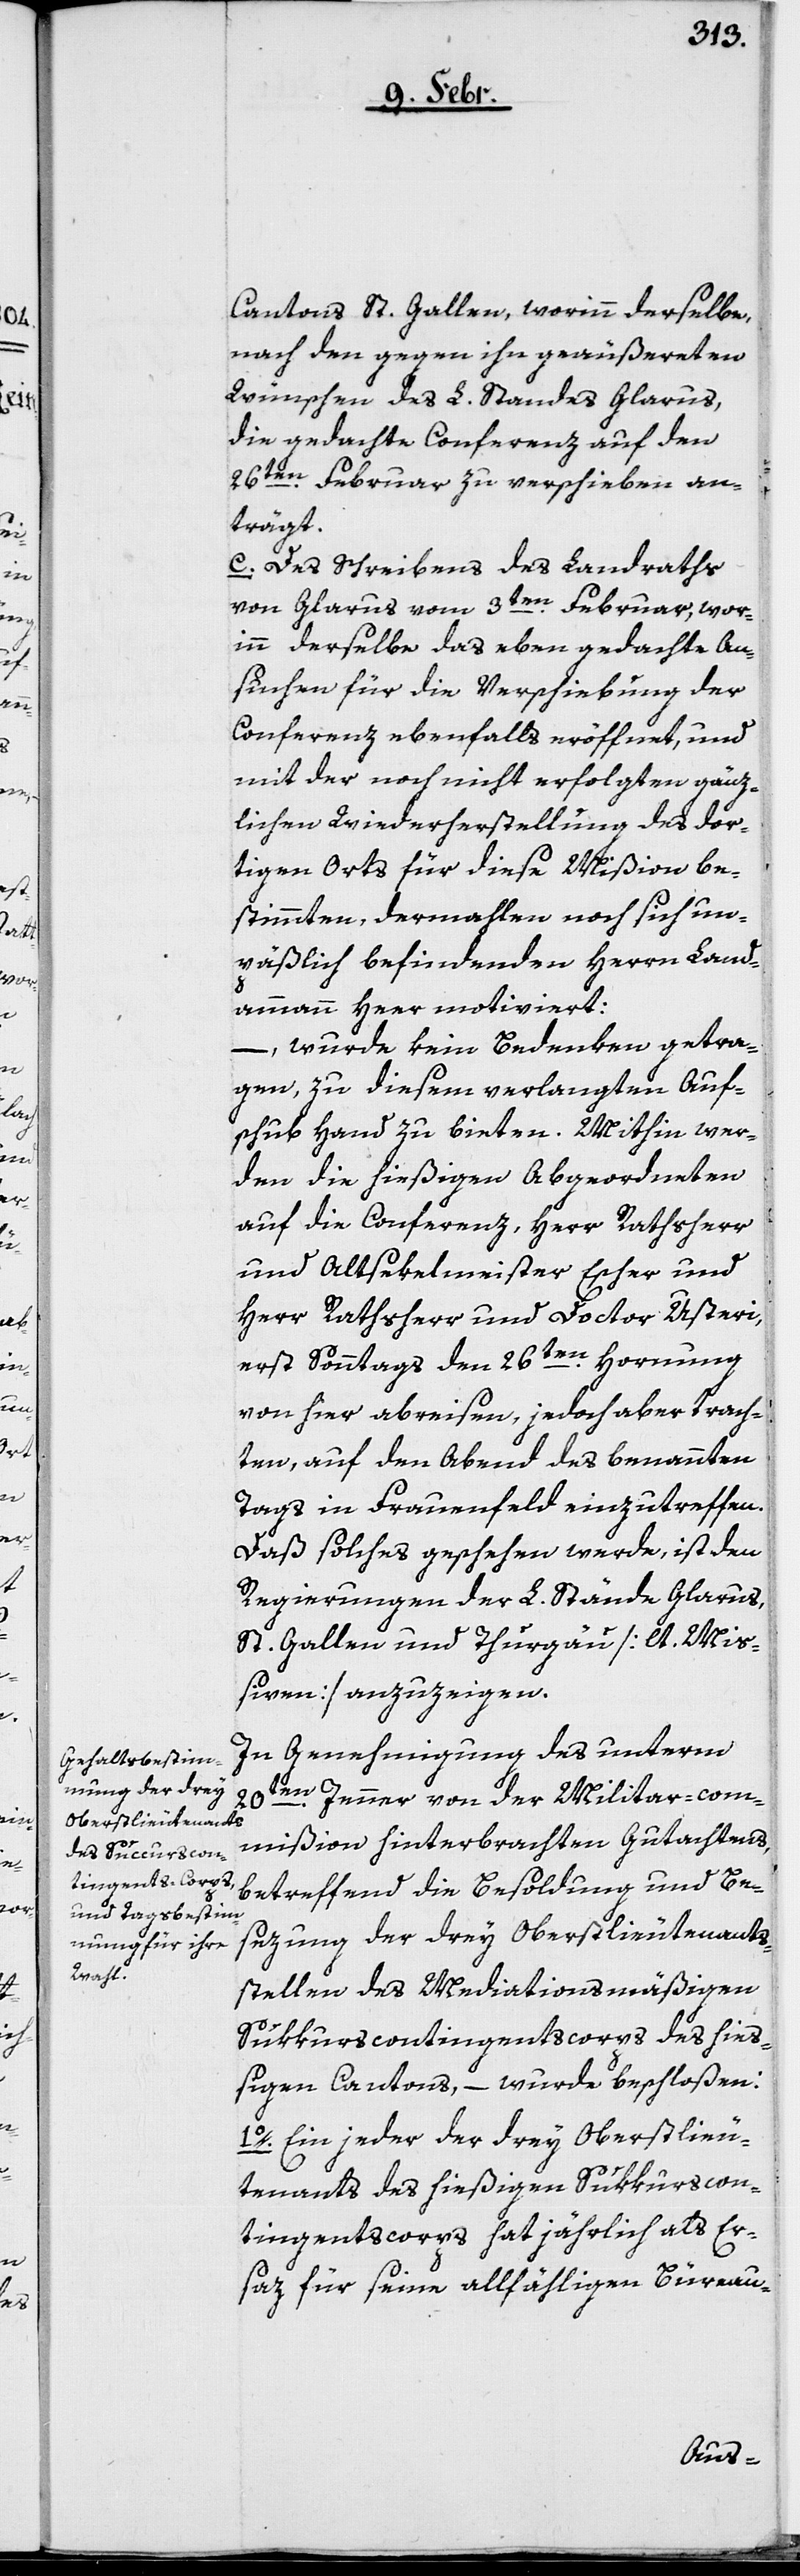
Cantons St. Gallen, worinn derselbe,
nach den gegen ihn geäußereten
Wünschen des L. Standes Glarus,
die gedachte Conferenz auf den
26ten. Februar zu verschieben an¬
trägt.
c. Des Schreibens des Landraths
von Glarus vom 3ten. Februar, wor¬
inn derselbe das eben gedachte An¬
suchen für die Verschiebung der
Conferenz ebenfalls eröffnet, und
mit der noch nicht erfolgten gänz¬
lichen Wiederherstellung des dor¬
tigen Orts für diese Mißion be¬
stimmten, dermahlen noch sich un¬
päßlich befindenden Herrn Land¬
ammann Heer motiviert:
–, wurde kein Bedenken getra¬
gen, zu diesem verlangten Auf¬
schub Hand zu bieten. Mithin wer¬
den die hießigen Abgeordneten
auf die Conferenz, Herr Rathsherr
und Altsekelmeister Escher und
Herr Rathsherr und Doctor Usteri,
erst Sonntags den 26ten. Hornung
von hier abreisen, jedoch aber trach¬
ten, auf den Abend des benannten
Tags in Frauenfeld einzutreffen.
Daß solches geschehen werde, ist den
Regierungen der L. Stände Glarus,
St. Gallen und Thurgäu [lt. Miß¬
iven] anzuzeigen.
In Genehmigung des unterm
20ten. Jenner von der Militar-com¬
mißion hinterbrachten Gutachtens,
betreffend die Besoldung und Be¬
sezung der drey Oberstlieutenants¬
stellen des Mediationsmäßigen
Sukkurscontingentscorps des hieß¬
igen Cantons, – wurde beschloßen:
1o. Ein jeder der drey Oberstlieu¬
tenants des hießigen Sukkurscon¬
tingentscorps hat jährlich als Er¬
saz für seine allfähligen Büreau-